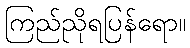
ကြည်ညိုရပြန်ရော။